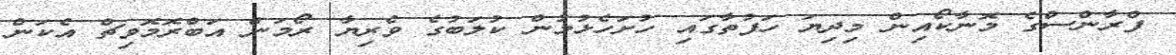
ފްރާންސްގެ މޮނާކޯއިން މިދިޔަ ހަފުތާގައި ހުށަހެޅުމުން ކުލަބުގެ ވެރިޔާ ރޯމަން އަބްރޮމޮވިޗް އެކަން